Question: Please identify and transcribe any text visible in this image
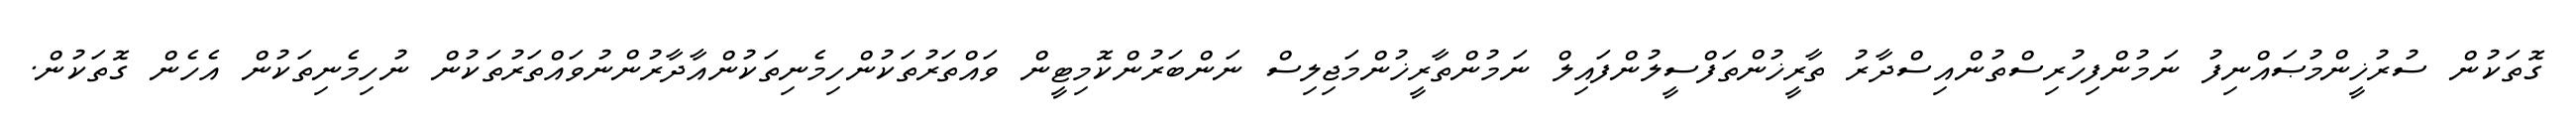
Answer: ގޮތަކުން ސުރުޚީންމުޞައްނިފު ނަމުންފިހުރިސްތުންއިސްދާރު ތާރީޚުންތަފްސީލުންފައިލް ނަމުންތާރީޚުންމަޖިލިސް ނަންބަރުންކޮމިޓީން ވައްތަރުތަކުންހިމެނިތަކުންއާދާރުންނުވައްތަރުތަކުން ނުހިމެނިތަކުން އެހެން ގޮތަކުން.